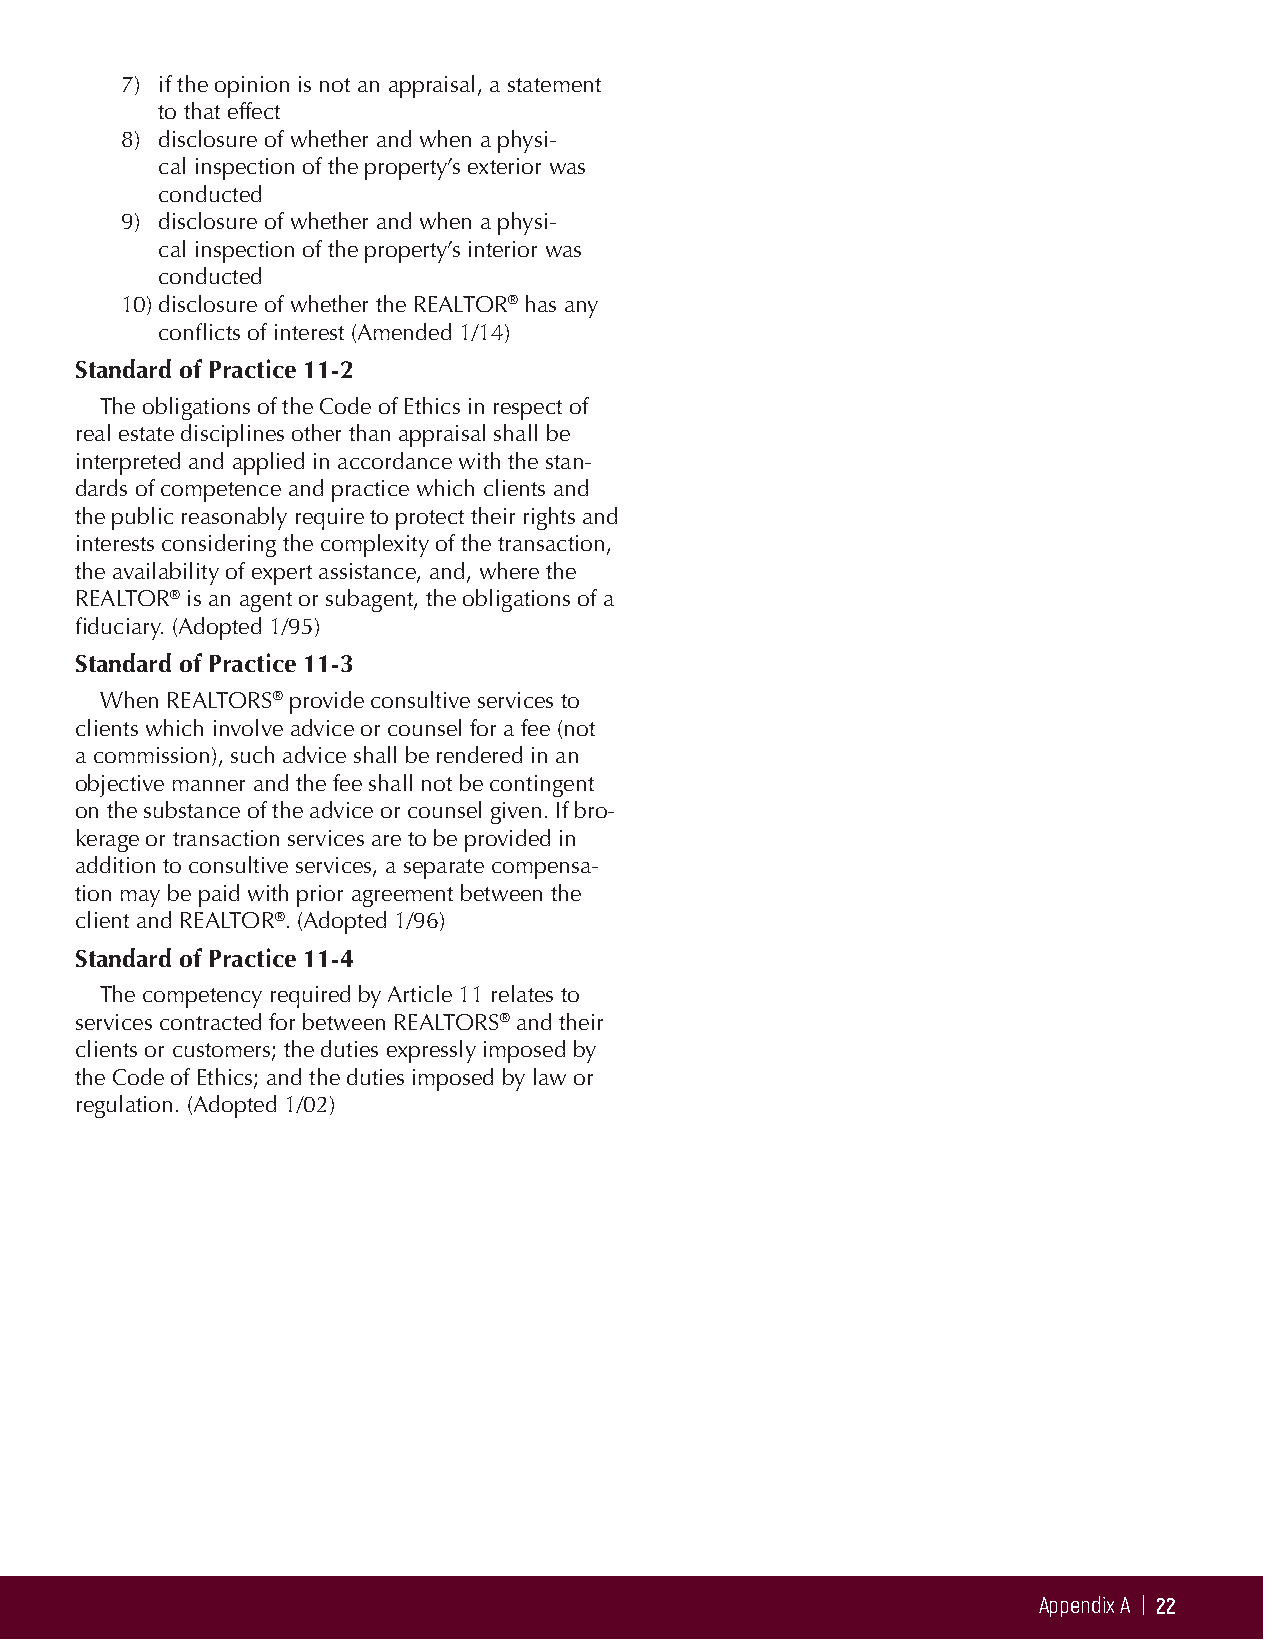
7) if the opinion is not an appraisal, a statement
 to that effect
 8) disclosure of whether and when a physi-
 cal inspection of the property’s exterior was
 conducted
 9) disclosure of whether and when a physi-
 cal inspection of the property’s interior was
 conducted
 10) disclosure of whether the REALTOR® has any
 conflicts of interest (Amended 1/14)
 Standard of Practice 11-2
 The obligations of the Code of Ethics in respect of
 real estate disciplines other than appraisal shall be
 interpreted and applied in accordance with the stan-
 dards of competence and practice which clients and
 the public reasonably require to protect their rights and
 interests considering the complexity of the transaction,
 the availability of expert assistance, and, where the
 REALTOR® is an agent or subagent, the obligations of a
 fiduciary. (Adopted 1/95)
 Standard of Practice 11-3
 When REALTORS® provide consultive services to
 clients which involve advice or counsel for a fee (not
 a commission), such advice shall be rendered in an
 objective manner and the fee shall not be contingent
 on the substance of the advice or counsel given. If bro-
 kerage or transaction services are to be provided in
 addition to consultive services, a separate compensa-
 tion may be paid with prior agreement between the
 client and REALTOR®. (Adopted 1/96)
 Standard of Practice 11-4
 The competency required by Article 11 relates to
 services contracted for between REALTORS® and their
 clients or customers; the duties expressly imposed by
 the Code of Ethics; and the duties imposed by law or
 regulation. (Adopted 1/02)
 Appendix A | 22